Report on the cholera epidemic of
Year: 1868
Disease focus: Cholera
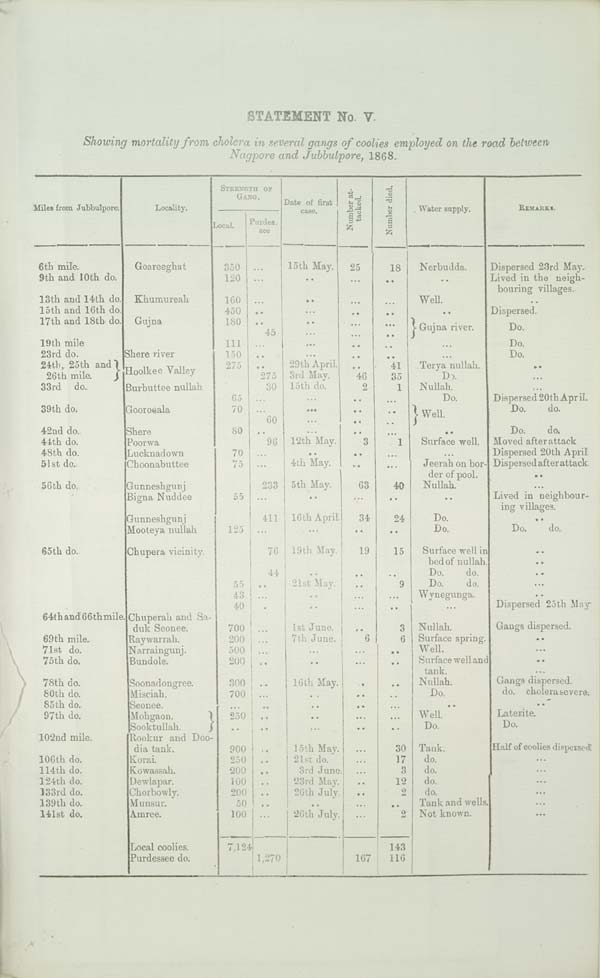
STATEMENT No. V
Showing mortality from cholera in several gangs of coolies employed on the road between
Nagpore and Jubbulpore, 1868.
STRENGTH Of
GANG.
Date
of first
Miles from Jubbulpore.
Locality.
case.
Local.
Purdes.
see
Number at-
tacked. Number died.
Water supply.
REMARKS.
6th mile.
9th and 10th do.
13th and 14th do.
15th and 16th do.
17th and 18th do.
19th mile
23rd do.
24th, 25th and
26th
mile.
33rd do.
39th do.
42nd do.
44th do.
48th do.
51st do.
56th do.
65th do.
64th and 66th mile.
69th mile.
71st do.
75th do.
78th do.
80th do.
85th do.
97th do.
102nd mile.
106th do.
114th do.
124th do.
133rd do.
139th do.
141st do.
Goareeghat
Khumureah
Gujna
Shere river
Hoolkee Valley
Burbuttee nullah
Goorooala
Shere
Poorwa
Lucknadown
Choonabuttee
Gunneshgunj
Bigna Nuddee
Gunneshgunj
Mooteya nullah
Chupera vicinity.
Chuperali and
Saduk Seonee.
Raywarrah.
Narraingunj.
Bundole.
Soonadongree.
Misciah.
Seonee.
Mohgaon.
Sooktullah.
Rookur and
Doodia tank.
Korai.
Kowassah.
Dewlapar.
Chorbowly.
Munsur.
Amree.
Local coolies.
Purdessee do.
350
120
160
450
180
111
150
275
65
70
80
70
75
55
125
55
43
40
700
200
500
200
300
700
250
900
250
200
100
200
50
100
7,124
45
275
30
60
96
233
411
76
44
1,270
15th May.
29th April.
3rd May.
15th do.
12th May.
4th May.
5th May.
16th April.
19th May.
21st May.
1st June.
7th June.
16th May.
15th May.
21st do.
3rd June
23rd May.
26th July.
26th July.
25
46
2
3
63
34
19
6
167
18
41
35
1
1
40
24
15
9
3
6
30
17
3
12
2
2
143
116
Nerbudda.
Well.
Gujna river.
Terya nullah.
Do.
Nullah.
Do.
Well.
Surface well.
Jeerah on border
of pool.
Nullah.
Do.
Do.
Surface well in
bed of nullah.
Do.
do.
Do.
do.
Wynegunga.
Nullah.
Surface spring.
Well.
Surface well and
tank.
Nullah.
Do.
Well.
Do.
Tank.
do.
do.
do.
do.
Tank and wells
Not known.
Dispersed 23rd May.
Lived in the neighbouring
villages.
Dispersed.
Do.
Do.
Do.
Dispersed 20th April.
Do.
do.
Do.
do.
Moved after attack
Dispersed 20th April
Dispersed after attack
Lived in neighbouring
villages.
Do.
do.
Dispersed 25th May
Gangs dispersed.
Gangs dispersed.
do. cholera severe.
Laterite.
Do.
Half of coolies dispersed